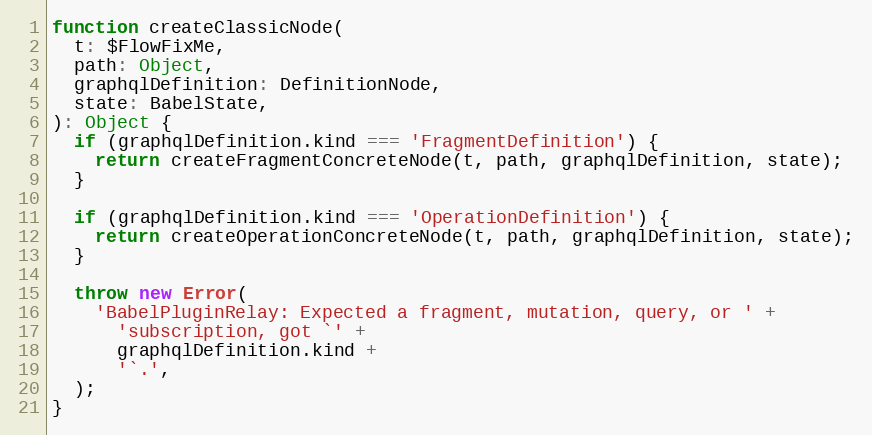
Language: JavaScript
function createClassicNode(
  t: $FlowFixMe,
  path: Object,
  graphqlDefinition: DefinitionNode,
  state: BabelState,
): Object {
  if (graphqlDefinition.kind === 'FragmentDefinition') {
    return createFragmentConcreteNode(t, path, graphqlDefinition, state);
  }

  if (graphqlDefinition.kind === 'OperationDefinition') {
    return createOperationConcreteNode(t, path, graphqlDefinition, state);
  }

  throw new Error(
    'BabelPluginRelay: Expected a fragment, mutation, query, or ' +
      'subscription, got `' +
      graphqlDefinition.kind +
      '`.',
  );
}